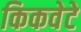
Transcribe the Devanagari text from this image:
किकवेटे